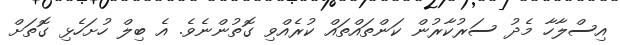
އިސްލާހާ މެދު ސަރުކާރުން ކަންތައްތައް ކުރެއްވި ގޮތުންނެވެ. އެ ބިލް ހުށަހެޅި ގޮތަށް